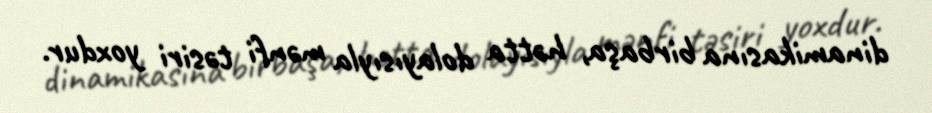
dinamikasına birbaşa, hətta dolayısıyla mənfi təsiri yoxdur.